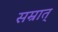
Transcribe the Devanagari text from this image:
सम्रात्